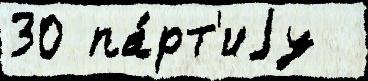
30 па́рт'иjу